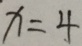
x = 4